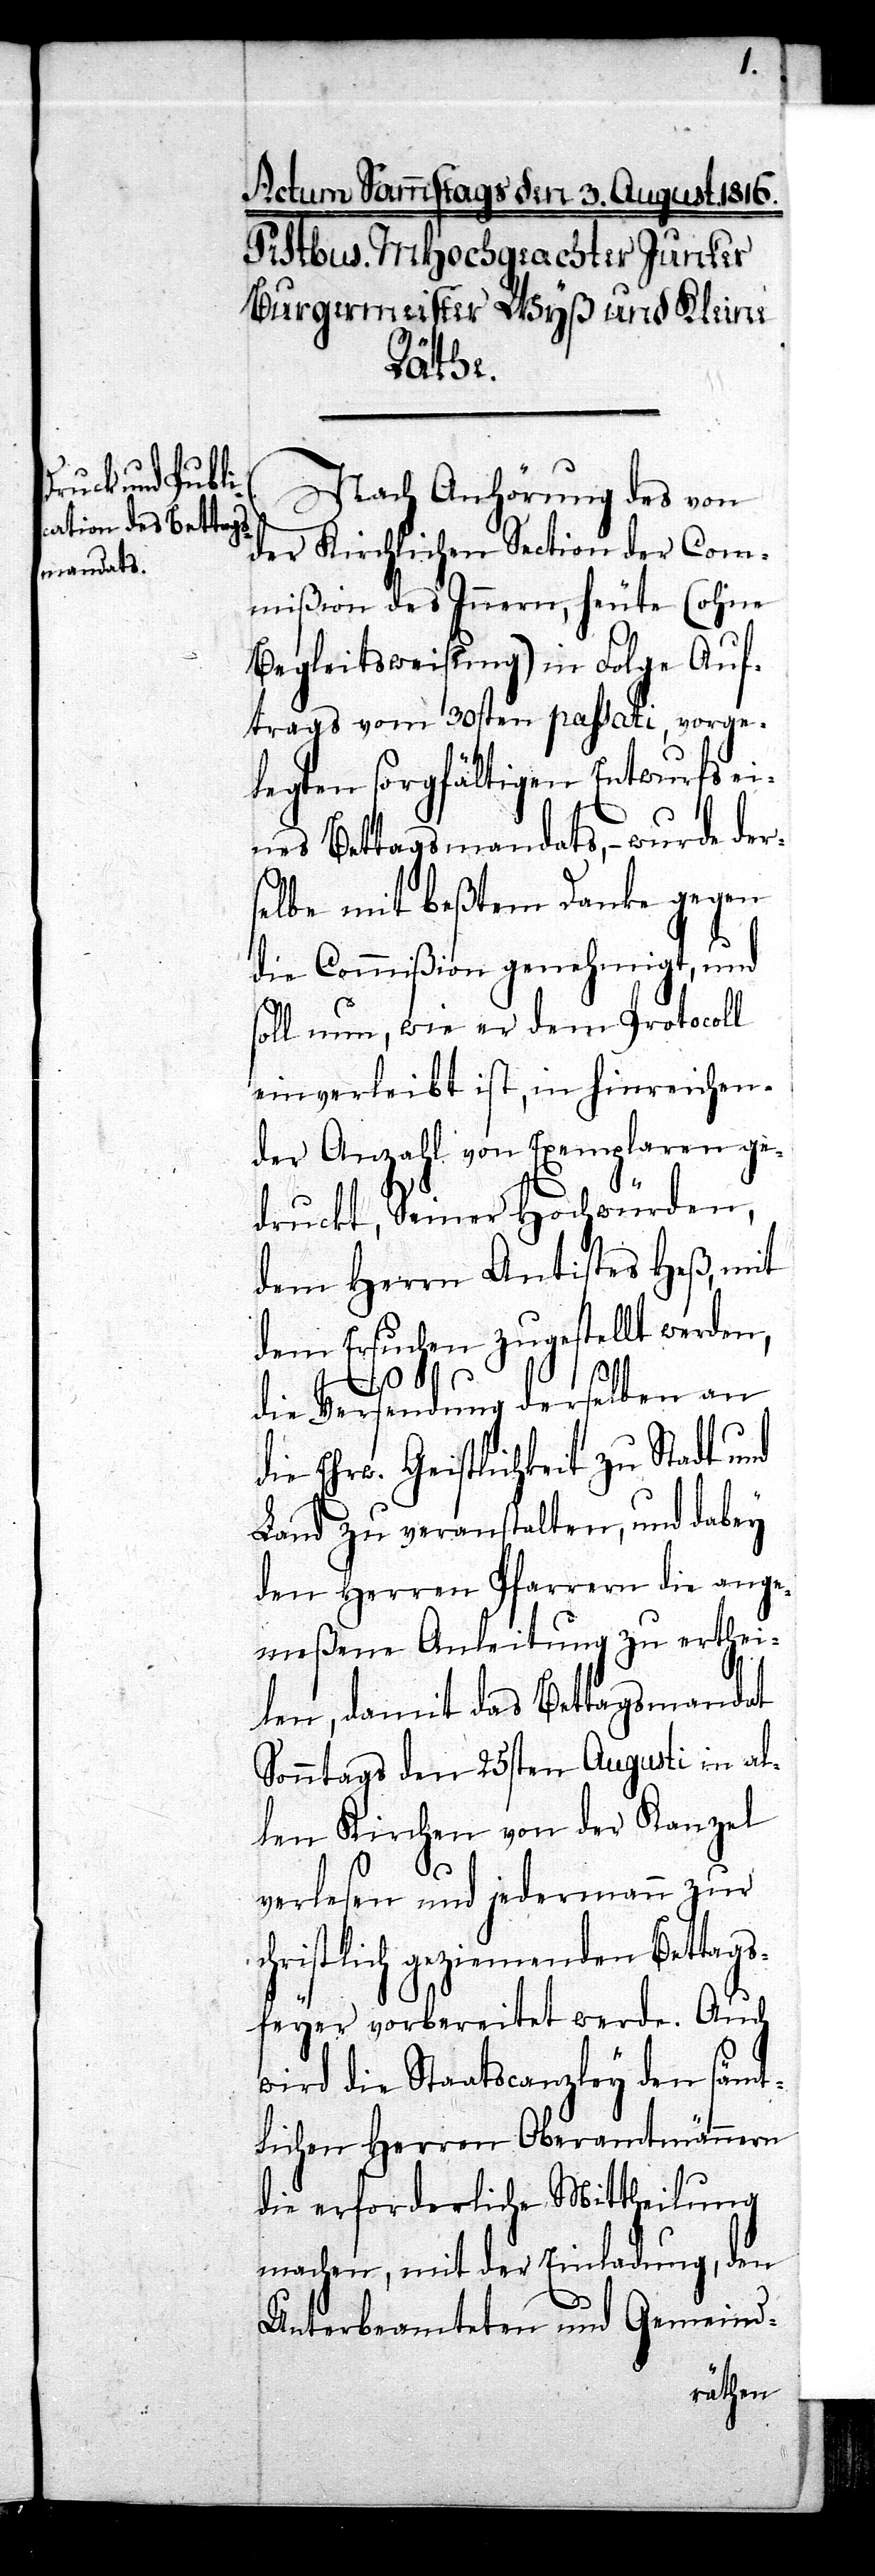
Nach Anhörung des von
der Kirchlichen Section der Com¬
mißion des Innern, heute (ohne
Begleitsweisung) in Folge Auf¬
trags vom 30sten passati, vorge¬
legten sorgfältigen Entwurfs ei¬
nes Bettagsmandats, – wurde der¬
selbe mit beßtem Danke gegen
die Commißion genehmigt, und
soll nun, wie er dem Protocoll
einverleibt ist, in hinreichen¬
der Anzahl von Exemplaren ge¬
druckt, Seiner Hochwürden,
dem Herrn Antistes Heß, mit
dem Ersuchen zugestellt werden,
die Versendung derselben an
die Ehrw. Geistlichkeit zu Stadt und
Land zu veranstalten, und dabey
den Herren Pfarrern die ange¬
meßene Anleitung zu erthei¬
len, damit das Bettagsmandat
Sonntags den 25sten Augusti in al¬
len Kirchen von der Kanzel
verlesen und jedermann zur
christlich geziemenden Bettags¬
feyer vorbereitet werde. Auch
wird die Staatscanzley den sämt¬
lichen Herren Oberamtmännern
die erforderliche Mittheilung
machen, mit der Einladung, den
Unterbeamteten und Gemeind-